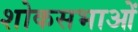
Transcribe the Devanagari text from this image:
शोकसभाओं